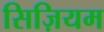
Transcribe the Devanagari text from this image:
सिज़ियम